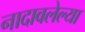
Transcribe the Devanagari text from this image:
नादावलेल्या